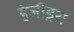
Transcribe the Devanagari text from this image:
हेजीड्रस